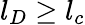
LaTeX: l_{D}\geq l_{c}